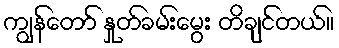
ကျွန်တော် နှုတ်ခမ်းမွေး တိချင်တယ်။